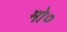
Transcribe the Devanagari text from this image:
मो०